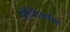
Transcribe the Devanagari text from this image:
सीविटिकटीस